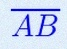
\overline{AB}